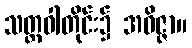
သတ္တဝါတိုင်း၌ အဝိဇ္ဇာ။